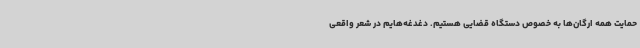
حمایت همه ارگان‌ها به خصوص دستگاه قضایی هستیم. دغدغه‌هایم در شعر واقعی